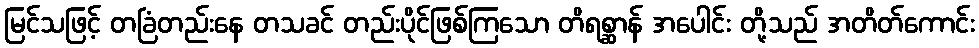
မြင်သဖြင့် တခြံတည်းနေ တသခင် တည်းပိုင်ဖြစ်ကြသော တိရစ္ဆာန် အပေါင်း တို့သည် အတိတ်ကောင်း